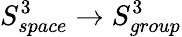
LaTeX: S_{space}^{3}\rightarrow S_{group}^{3}